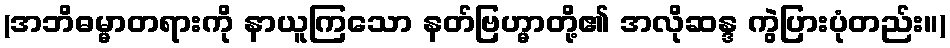
(အဘိဓမ္မာတရားကို နာယူကြသော နတ်ဗြဟ္မာတို့၏ အလိုဆန္ဒ ကွဲပြားပုံတည်း။)